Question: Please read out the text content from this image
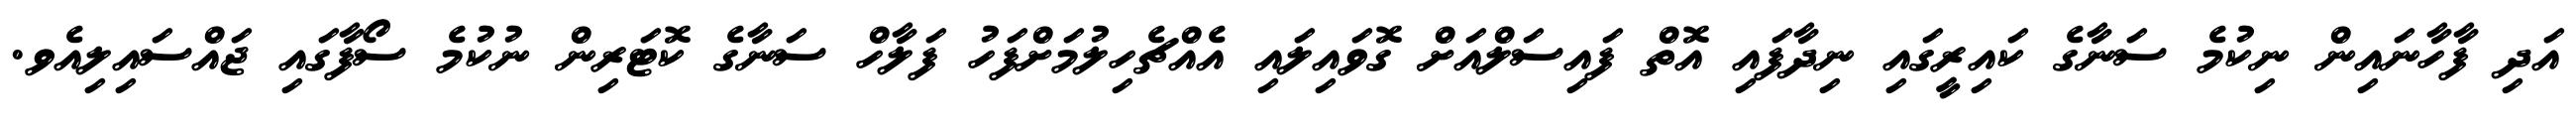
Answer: އަދި ފާހާނައިން ނިކުމެ ސަނާގެ ކައިރީގައި ނިދާފައި އޮތް ފައިސަލްއަށް ގޮވައިލައި އެއްޗެހިލުމަށްފަހު ފަލާހް ސަނާގެ ކޮޓަރިން ނުކުމެ ސޯފާގައި ޖައްސައިލިއެވ.